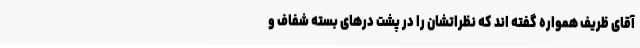
آقای ظریف همواره گفته اند که نظراتشان را در پشت درهای بسته شفاف و